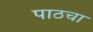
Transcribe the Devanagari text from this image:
पाठचा